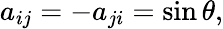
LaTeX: a_{ij}=-a_{ji}=\sin\theta,